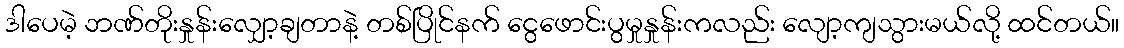
ဒါပေမဲ့ ဘဏ်တိုးနှုန်းလျှော့ချတာနဲ့ တစ်ပြိုင်နက် ငွေဖောင်းပွမှုနှုန်းကလည်း လျော့ကျသွားမယ်လို့ ထင်တယ်။